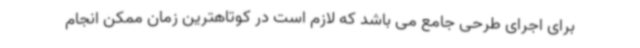
برای اجرای طرحی جامع می باشد که لازم است در کوتاهترین زمان ممکن انجام